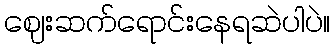
ဈေးဆက်ရောင်းနေရဆဲပါပဲ။